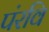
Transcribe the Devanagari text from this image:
पंरवि